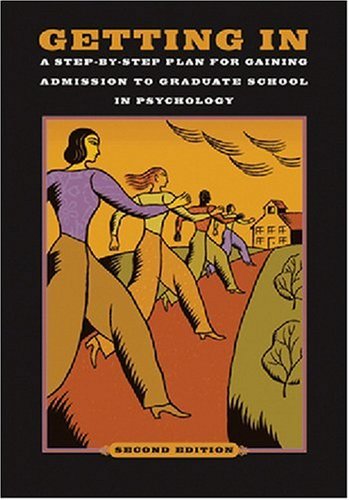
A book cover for Getting In: A Step-By-Step Plan for Gaining Admission to Graduate School in Psychology, 2nd Edition; American Psychological Association; Education & Teaching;